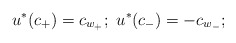
\begin{align*}u^*(c_+)=c_{w_+};\ u^*(c_-)=-c_{w_-};\end{align*}